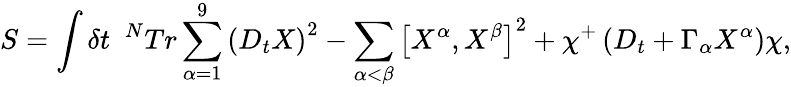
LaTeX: S=\int\delta t~~^{N}Tr\sum_{\alpha=1}^{9}\left(D_{t}X\right)^{2}-\sum_{\alpha<\beta}\left[X^{\alpha},X^{\beta}\right]^{2}+\chi^{+}\left(D_{t}+\Gamma_{\alpha}X^{\alpha}\right)\chi,